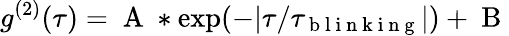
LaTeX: g^{(2)}(\tau)=\mathrm{~A~}*\exp(-|\tau/\tau_{\mathrm{~b~l~i~n~k~i~n~g~}}|)+\mathrm{~B~}